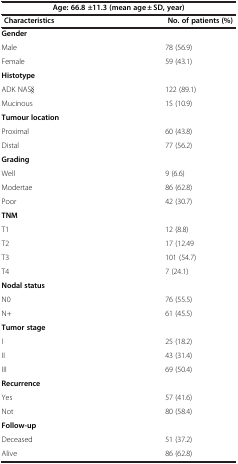
| <COLSPAN=2> Age: 66.8 ±11.3 (mean age ± SD, year) |
 | Characteristics | No. of patients (%) |
 | --- | --- |
 | <COLSPAN=2> Gender |
 | Male | 78 (56.9) |
 | Female | 59 (43.1) |
 | <COLSPAN=2> Histotype |
 | ADK NAS§ | 122 (89.1) |
 | Mucinous | 15 (10.9) |
 | <COLSPAN=2> Tumour location |
 | Proximal | 60 (43.8) |
 | Distal | 77 (56.2) |
 | <COLSPAN=2> Grading |
 | Well | 9 (6.6) |
 | Modertae | 86 (62.8) |
 | Poor | 42 (30.7) |
 | <COLSPAN=2> TNM |
 | T1 | 12 (8.8) |
 | T2 | 17 (12.49 |
 | T3 | 101 (54.7) |
 | T4 | 7 (24.1) |
 | <COLSPAN=2> Nodal status |
 | N0 | 76 (55.5) |
 | N+ | 61 (45.5) |
 | <COLSPAN=2> Tumor stage |
 | I | 25 (18.2) |
 | II | 43 (31.4) |
 | III | 69 (50.4) |
 | <COLSPAN=2> Recurrence |
 | Yes | 57 (41.6) |
 | Not | 80 (58.4) |
 | <COLSPAN=2> Follow-up |
 | Deceased | 51 (37.2) |
 | Alive | 86 (62.8) |